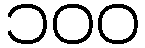
၁၀၀